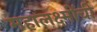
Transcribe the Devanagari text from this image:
महालक्ष्मींची